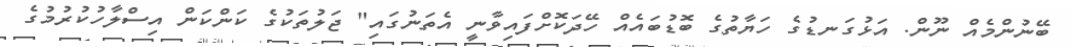
ބޭނުންމެއް ނޫން. އަޅުގަނޑުގެ ހަޔާތުގެ ބޮޑުބައެއް ހޭދަކޮށްފައިވާނީ އެތަނުގައި" ޖަލުތަކުގެ ކަންކަން އިސްލާހުކުރުމުގެ